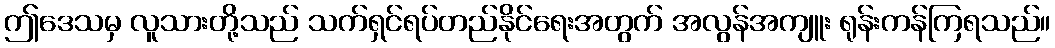
ဤဒေသမှ လူသားတို့သည် သက်ရှင်ရပ်တည်နိုင်ရေးအတွက် အလွန်အကျူး ရုန်းကန်ကြရသည်။